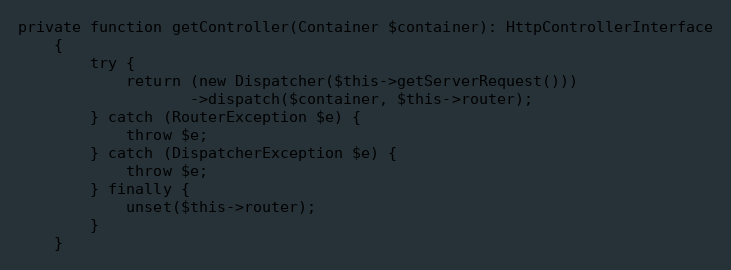
Language: PHP
private function getController(Container $container): HttpControllerInterface
    {
        try {
            return (new Dispatcher($this->getServerRequest()))
                   ->dispatch($container, $this->router);
        } catch (RouterException $e) {
            throw $e;
        } catch (DispatcherException $e) {
            throw $e;
        } finally {
            unset($this->router);
        }
    }